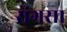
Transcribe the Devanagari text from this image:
रांगसा